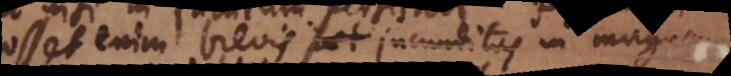
Posset enim brevis laet jucunditas in magnam